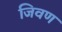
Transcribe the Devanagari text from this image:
जिवण